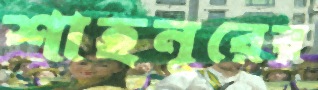
শাহনূরের